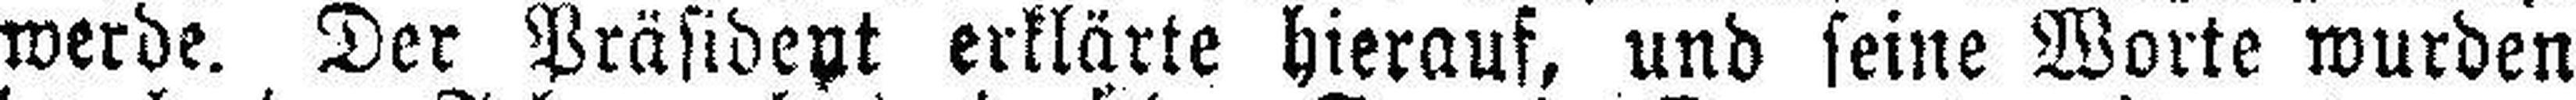
werde. Der Präsident erklärte hierauf, und seine Worte wurden